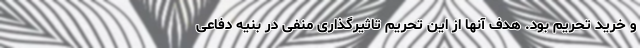
و خرید تحریم بود. هدف آنها از این تحریم تاثیرگذاری منفی در بنیه دفاعی